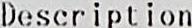
DESCRIPTION